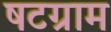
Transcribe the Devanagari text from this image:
षटग्राम